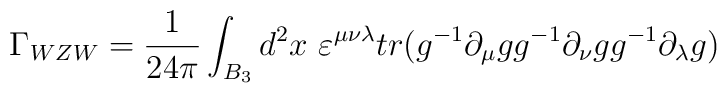
\Gamma_{WZW} = {1\over{24\pi}}\int_{B_3} d^{2}x \ \varepsilon^{\mu\nu\lambda}{tr(g^{-1}\partial_{\mu}g g^{-1}\partial_{\nu}g g^{-1}\partial_{\lambda}g)}